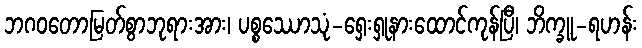
ဘဂဝတောမြတ်စွာဘုရားအား၊ ပစ္စဿောသုံ-ရှေးရှုနားထောင်ကုန်ပြီ၊ ဘိက္ခူ-ရဟန်း